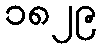
၁၈၂၉